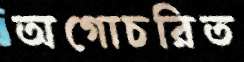
অগোচরিত